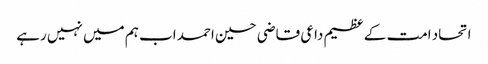
اتحاد امت کے عظیم داعی قاضی حسین احمد اب ہم میں نہیں رہے